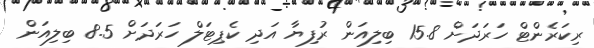
ރިކަރެންޓް ހަރަދަށް 15.8 ބިލިއަން ރުފިޔާ އަދި ކެޕިޓަލް ހަރަދަށް 8.5 ބިލިއަން